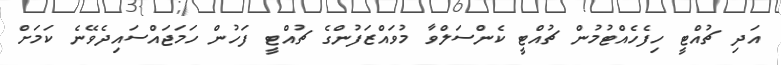
އަދި ޗުއްޓީ ހިފެހެއްޓުމުން ޗުއްޓީ ކެންސަލްވާ މުވައްޒަފުންގެ ޗުއްޓީ ފަހުން ހަމަޖައްސައިދެވޭނެ ކަމަށް